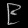
Digit: ၉